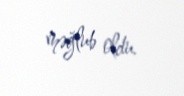
məğlub oldu.